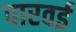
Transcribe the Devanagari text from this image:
पारवई